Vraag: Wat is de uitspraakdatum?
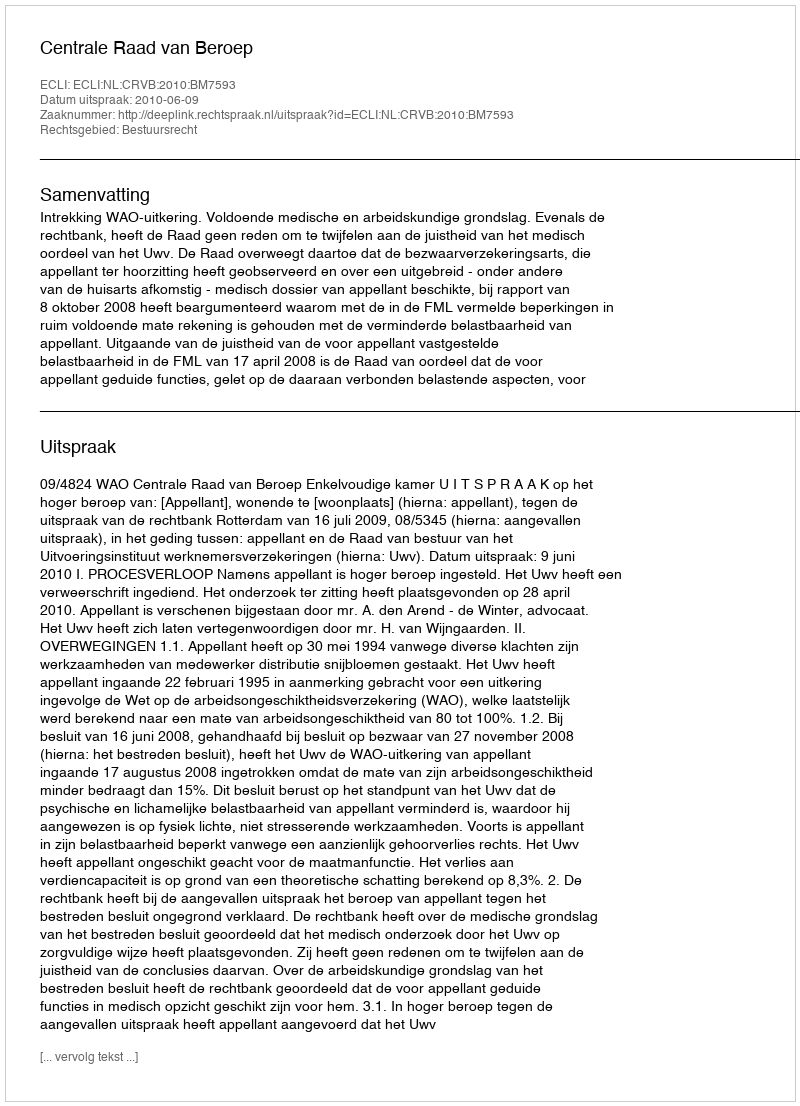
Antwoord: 2010-06-09